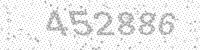
Solution: 452886